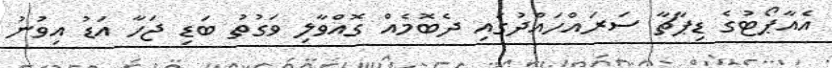
އެއާޕޯޓުގެ ޑިޕާޗާ ސަރައްހައްދުގައި ދެބޮމެއް ގޮއްވާލި ވަގުތު ބަޑި ޖަހާ އަޑު އިވުނު